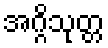
အဂ္ဂိသုတ္တ